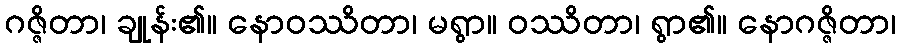
ဂဇ္ဇိတာ၊ ချုန်း၏။ နောဝဿိတာ၊ မရွာ။ ဝဿိတာ၊ ရွာ၏။ နောဂဇ္ဇိတာ၊